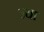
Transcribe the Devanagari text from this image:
ज्‍या